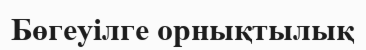
Бөгеуілге орнықтылық